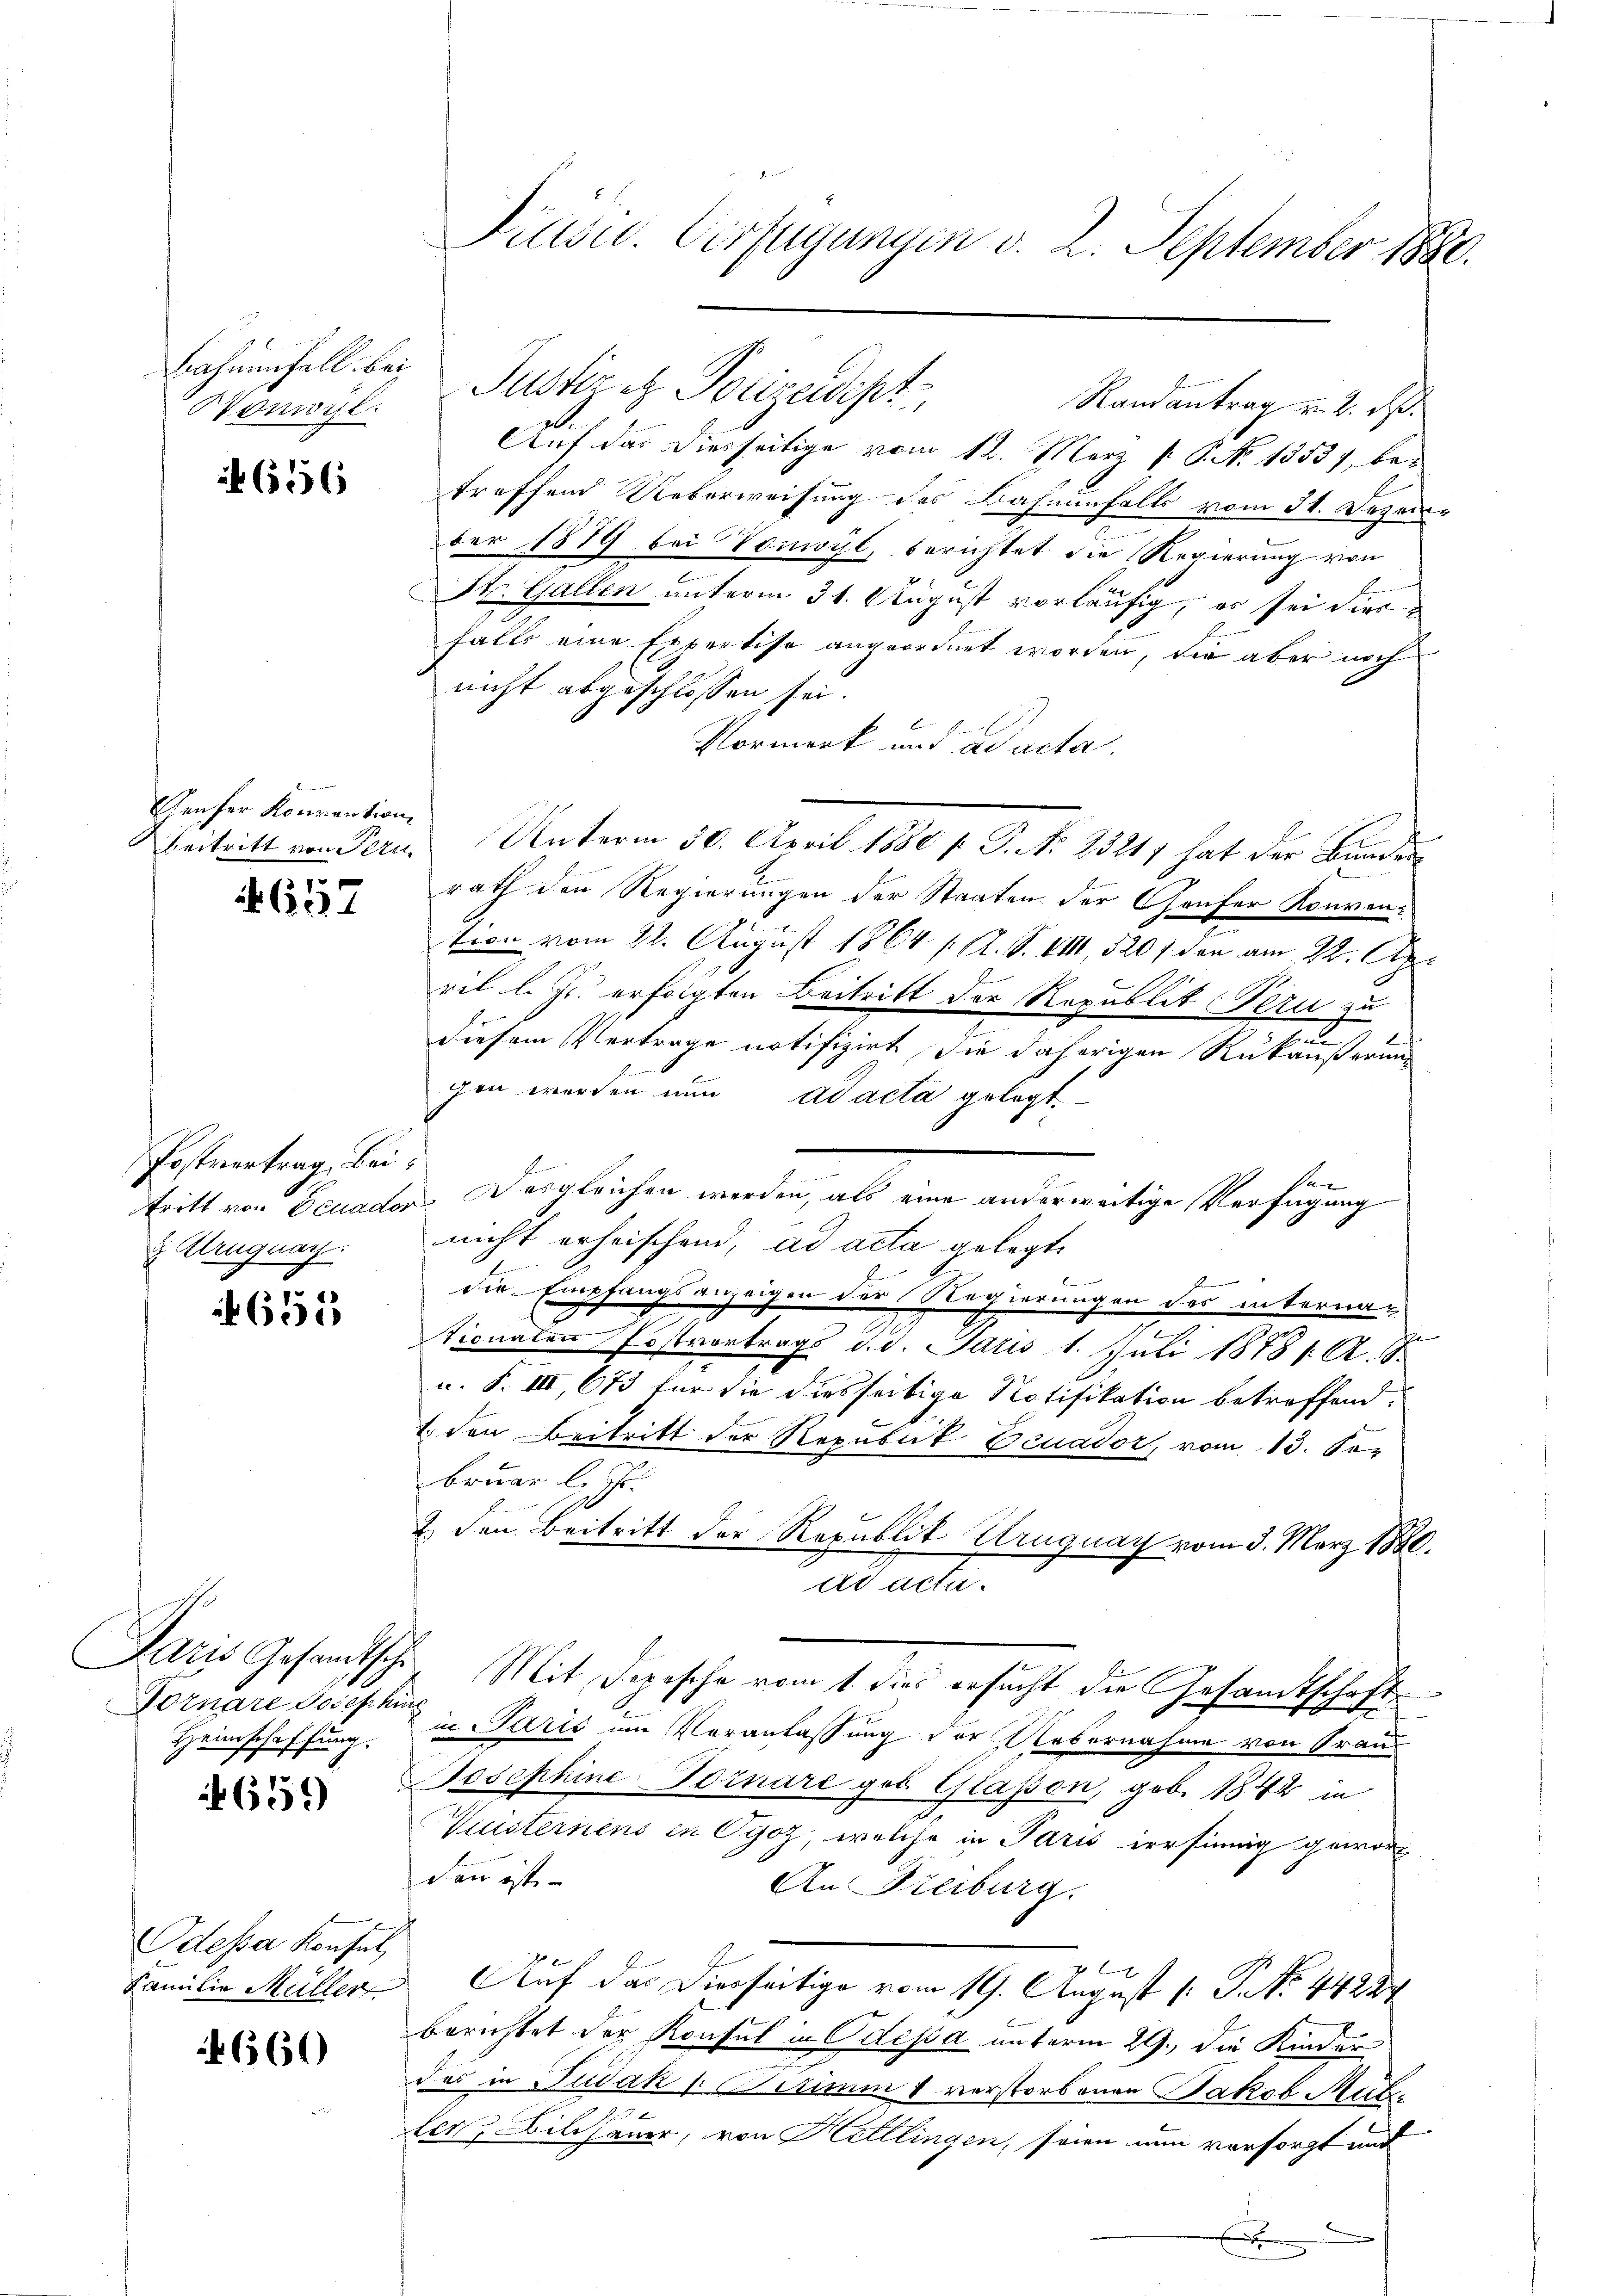
Bahnenfall bei
Nonozl:

6556

Denser Konvention

657

Postvertrag, Bei¬
& Uruguay.

4655

Fornare Josephin
Heimschaffung.

659)

Odessa Konsul

660

Disu. Verfügungen v. 2. September 1880.

Justizez Polizeidipt
Randantrag u. 2. ds.
Auf das diesseitige vom 12. März 1. P. No 1353), betreffend Ueberweisung des Bahnenfalls vom 31. Dezem-
ber 1879 bei Vonwyl, berichtet die Regierung von
SSt. Gallen unterm 31. August vorläufig, er sei dies
falls eine Expertise angeordnet worden, die aber noch
nicht abgeschlossen sei.
E
Vormerk und ad acta.
beitritt von Pern. Unterm 30. April 1880 p. G. No. 23217 hat der Bunder
rath den Regierungen der Staaten der Gaufer Konvention vom 22. August 1864 ( A. S. VIII, 520 f den am 22. April l. Js. erfolgten Beitritt der Republit (Peru zu
el
diesem Vertrage notifizirt, die daherigen Rükäußerung
gen werden nun ad acta gelegt.
tritt von Deuader Desgleichen werden, als eine anderweitige Verfügung
nicht erheischend, ad acta gelegt.
s
die Empfangsanzeigen der Regierungen des internae
tionaten Erstvortrags d. d. Paris 1. Juli 18781. A.
u. S. III, 673 für die diesseitige Notifikation betreffend.
b
1. den Beitritt der Republik Ecuador, vom 13. Se
bruar l. Js.
2. den Beitritt der Republik Uruguay vom 3. März 1880.
ad acta.
Paris Gesandtschen Mit Depesche vom 1. dies ersucht die Gesandtschaft
in Paris im Veranlassung der Uebernahme von Graus
Josephine Fornare geb. Glasen, geb. 1842 in
Vuisternens in Syoz, welche in Paris irrsinnig geworf
den ist
An Freiburg.
x
Familie Müller Auf das Diesseitige vom 19. August [ P. No 44224
berichtet der Konsul in Odessa unterm 29. die Kinder-
des in Judak 1. Petium & verstorbenen Jakob Mitler Bildhauer, von Hettlingen, seien nun versorgt und